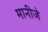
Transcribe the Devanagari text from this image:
मानीजे